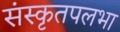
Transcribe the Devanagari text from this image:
संस्कृतपलभा